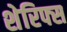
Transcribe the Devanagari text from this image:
शेरिफ्स